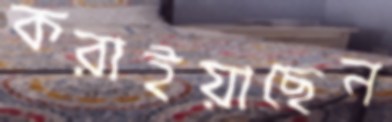
করাইয়াছেন